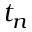
t _ { n }